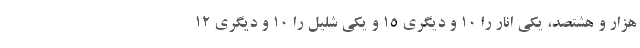
هزار و هشتصد، یکی انار را ۱۰ و دیگری ۱۵ و یکی شلیل را ۱۰ و دیگری ۱۲